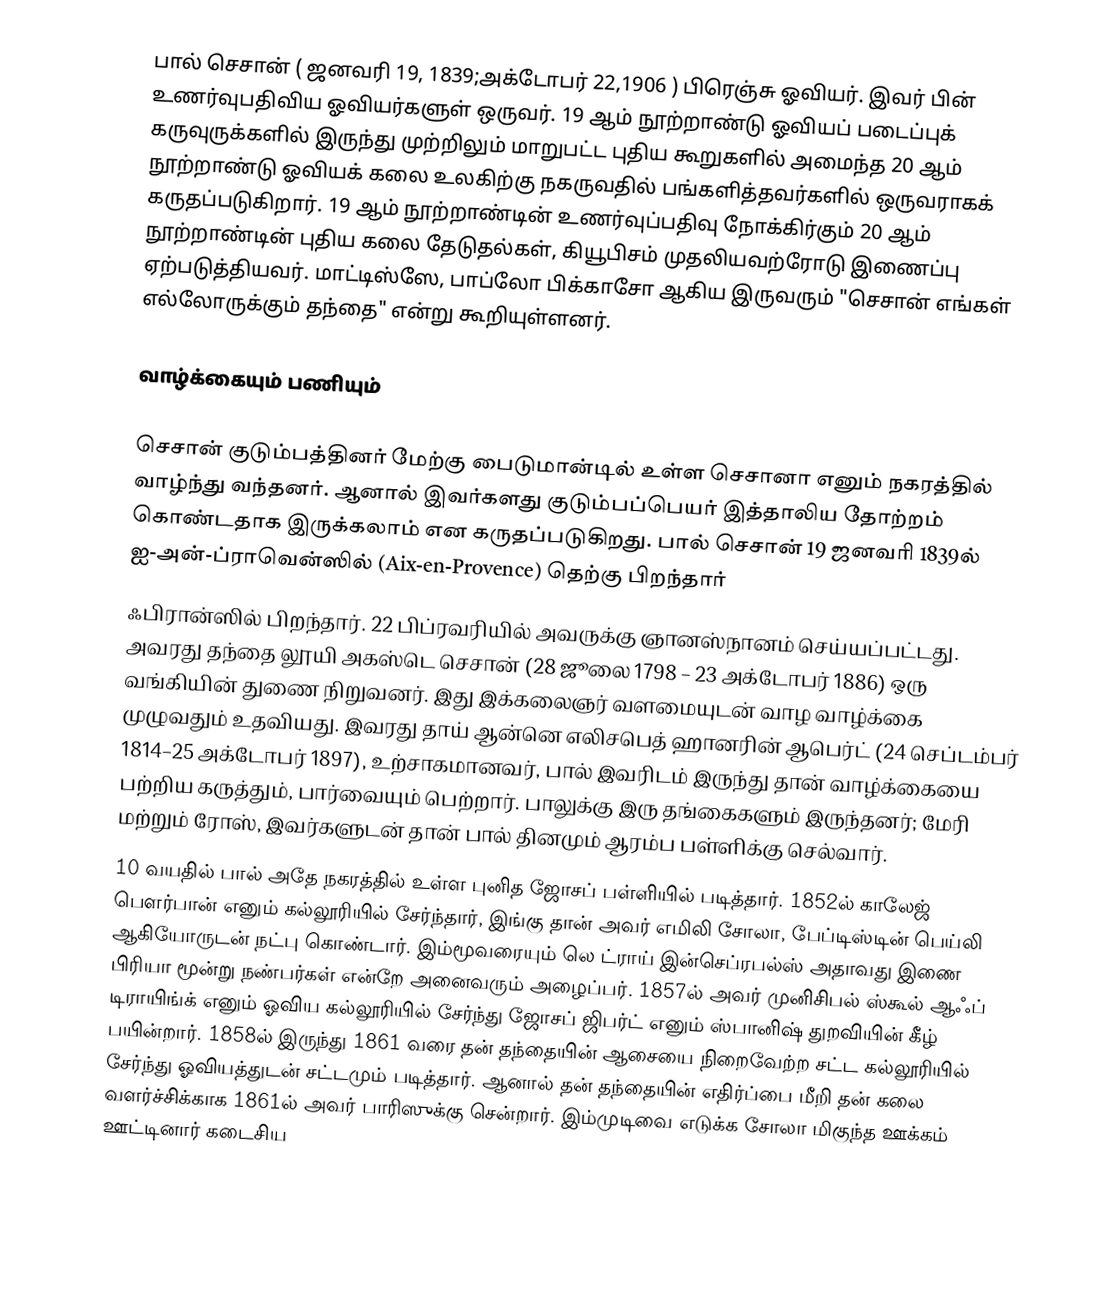
பால் செசான் ( ஜனவரி 19, 1839;அக்டோபர் 22,1906 ) பிரெஞ்சு ஓவியர். இவர் பின் உணர்வுபதிவிய ஓவியர்களுள் ஒருவர். 19 ஆம் நூற்றாண்டு ஓவியப் படைப்புக் கருவுருக்களில் இருந்து முற்றிலும் மாறுபட்ட புதிய கூறுகளில் அமைந்த 20 ஆம் நூற்றாண்டு ஓவியக் கலை உலகிற்கு நகருவதில் பங்களித்தவர்களில் ஒருவராகக் கருதப்படுகிறார். 19 ஆம் நூற்றாண்டின் உணர்வுப்பதிவு நோக்கிர்கும் 20 ஆம் நூற்றாண்டின் புதிய கலை தேடுதல்கள், கியூபிசம் முதலியவற்ரோடு இணைப்பு ஏற்படுத்தியவர். மாட்டிஸ்ஸே, பாப்லோ பிக்காசோ ஆகிய இருவரும் "செசான் எங்கள் எல்லோருக்கும் தந்தை" என்று கூறியுள்ளனர்.

வாழ்க்கையும் பணியும்

செசான் குடும்பத்தினர் மேற்கு பைடுமான்டில் உள்ள செசானா எனும் நகரத்தில் வாழ்ந்து வந்தனர். ஆனால் இவர்களது குடும்பப்பெயர் இத்தாலிய தோற்றம் கொண்டதாக இருக்கலாம் என கருதப்படுகிறது. பால் செசான் 19 ஜனவரி 1839ல் ஐ-அன்-ப்ராவென்ஸில் (Aix-en-Provence) தெற்கு பிறந்தார்
ஃபிரான்ஸில் பிறந்தார். 22 பிப்ரவரியில் அவருக்கு ஞானஸ்நானம் செய்யப்பட்டது. அவரது தந்தை லூயி அகஸ்டெ செசான் (28 ஜூலை 1798 – 23 அக்டோபர் 1886) ஒரு வங்கியின் துணை நிறுவனர். இது இக்கலைஞர் வளமையுடன் வாழ வாழ்க்கை முழுவதும் உதவியது. இவரது தாய் ஆன்னெ எலிசபெத் ஹானரின் ஆபெர்ட் (24 செப்டம்பர் 1814–25 அக்டோபர் 1897), உற்சாகமானவர், பால் இவரிடம் இருந்து தான் வாழ்க்கையை பற்றிய கருத்தும், பார்வையும் பெற்றார். பாலுக்கு இரு தங்கைகளும் இருந்தனர்; மேரி மற்றும் ரோஸ், இவர்களுடன் தான் பால் தினமும் ஆரம்ப பள்ளிக்கு செல்வார்.
10 வயதில் பால் அதே நகரத்தில் உள்ள புனித ஜோசப் பள்ளியில் படித்தார். 1852ல் காலேஜ் பௌர்பான் எனும் கல்லூரியில் சேர்ந்தார், இங்கு தான் அவர் எமிலி சோலா, பேப்டிஸ்டின் பெய்லி ஆகியோருடன் நட்பு கொண்டார். இம்மூவரையும் லெ ட்ராய் இன்செப்ரபல்ஸ் அதாவது இணை பிரியா மூன்று நண்பர்கள் என்றே அனைவரும் அழைப்பர். 1857ல் அவர் முனிசிபல் ஸ்கூல் ஆஃப் டிராயிங்க் எனும் ஓவிய கல்லூரியில் சேர்ந்து ஜோசப் ஜிபர்ட் எனும் ஸ்பானிஷ் துறவியின் கீழ் பயின்றார். 1858ல் இருந்து 1861 வரை தன் தந்தையின் ஆசையை நிறைவேற்ற சட்ட கல்லூரியில் சேர்ந்து ஓவியத்துடன் சட்டமும் படித்தார். ஆனால் தன் தந்தையின் எதிர்ப்பை மீறி தன் கலை வளர்ச்சிக்காக 1861ல் அவர் பாரிஸுக்கு சென்றார். இம்முடிவை எடுக்க சோலா மிகுந்த ஊக்கம் ஊட்டினார் கடைசிய